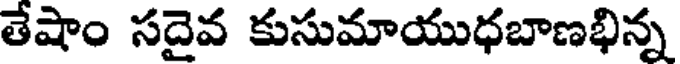
తేషాం సదైవ కుసుమాయుధబాణభిన్న